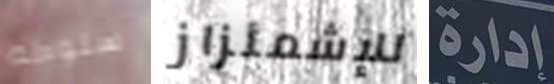
سلوكه للإشمئزاز إدارة